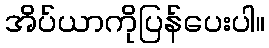
အိပ်ယာကိုပြန်ပေးပါ။